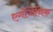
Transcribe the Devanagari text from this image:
एर्गोजेनिक